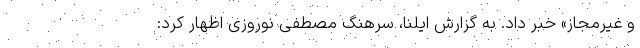
و غیرمجاز» خبر داد. به گزارش ایلنا، سرهنگ مصطفی نوروزی اظهار کرد: